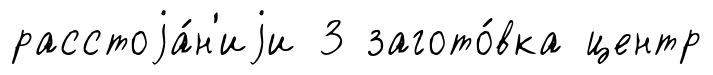
расстоjа́н'иjи 3 загото́вка центр